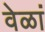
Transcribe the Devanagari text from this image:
वेळां